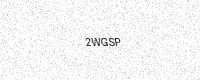
Text: 2WGSP